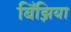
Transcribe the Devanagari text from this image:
बिँझिया